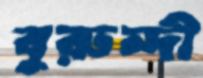
বুরুন্দী